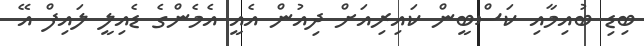
ބިޑި ބުއިމާއި ކަސްބީން ކައިރިއަށް ދިއުން އެއީ އެމެންގެ ޑެއިލީ ލައިފް އޭ